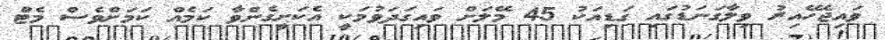
ވައިޖެހޭއިރު ވިލާގަނަޑުގައި ގަޑިއަކު 45 މޭލަަށް ވައިގަދަވުމަކީ އެކަށީގެންވާ ކަމެއް ކަމަށްވެސްް މެޓުް